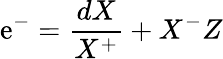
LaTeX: \mathrm{e}^{-}=\frac{{dX}}{{X^{+}}}+X^{-}Z